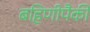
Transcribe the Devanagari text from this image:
बहिणीपैकी